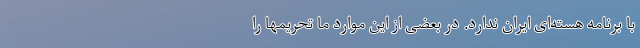
با برنامه هسته‌ای ایران ندارد. در بعضی از این موارد ما تحریمها را